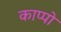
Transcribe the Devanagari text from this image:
काप्पो